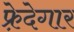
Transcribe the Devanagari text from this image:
फ़्रेदेगार